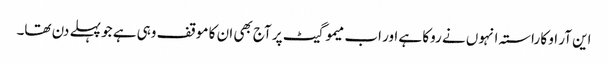
این آر او کا راستہ انہوں نے روکا ہے اور اب میمو گیٹ پر آج بھی ان کا موقف وہی ہے جو پہلے دن تھا۔